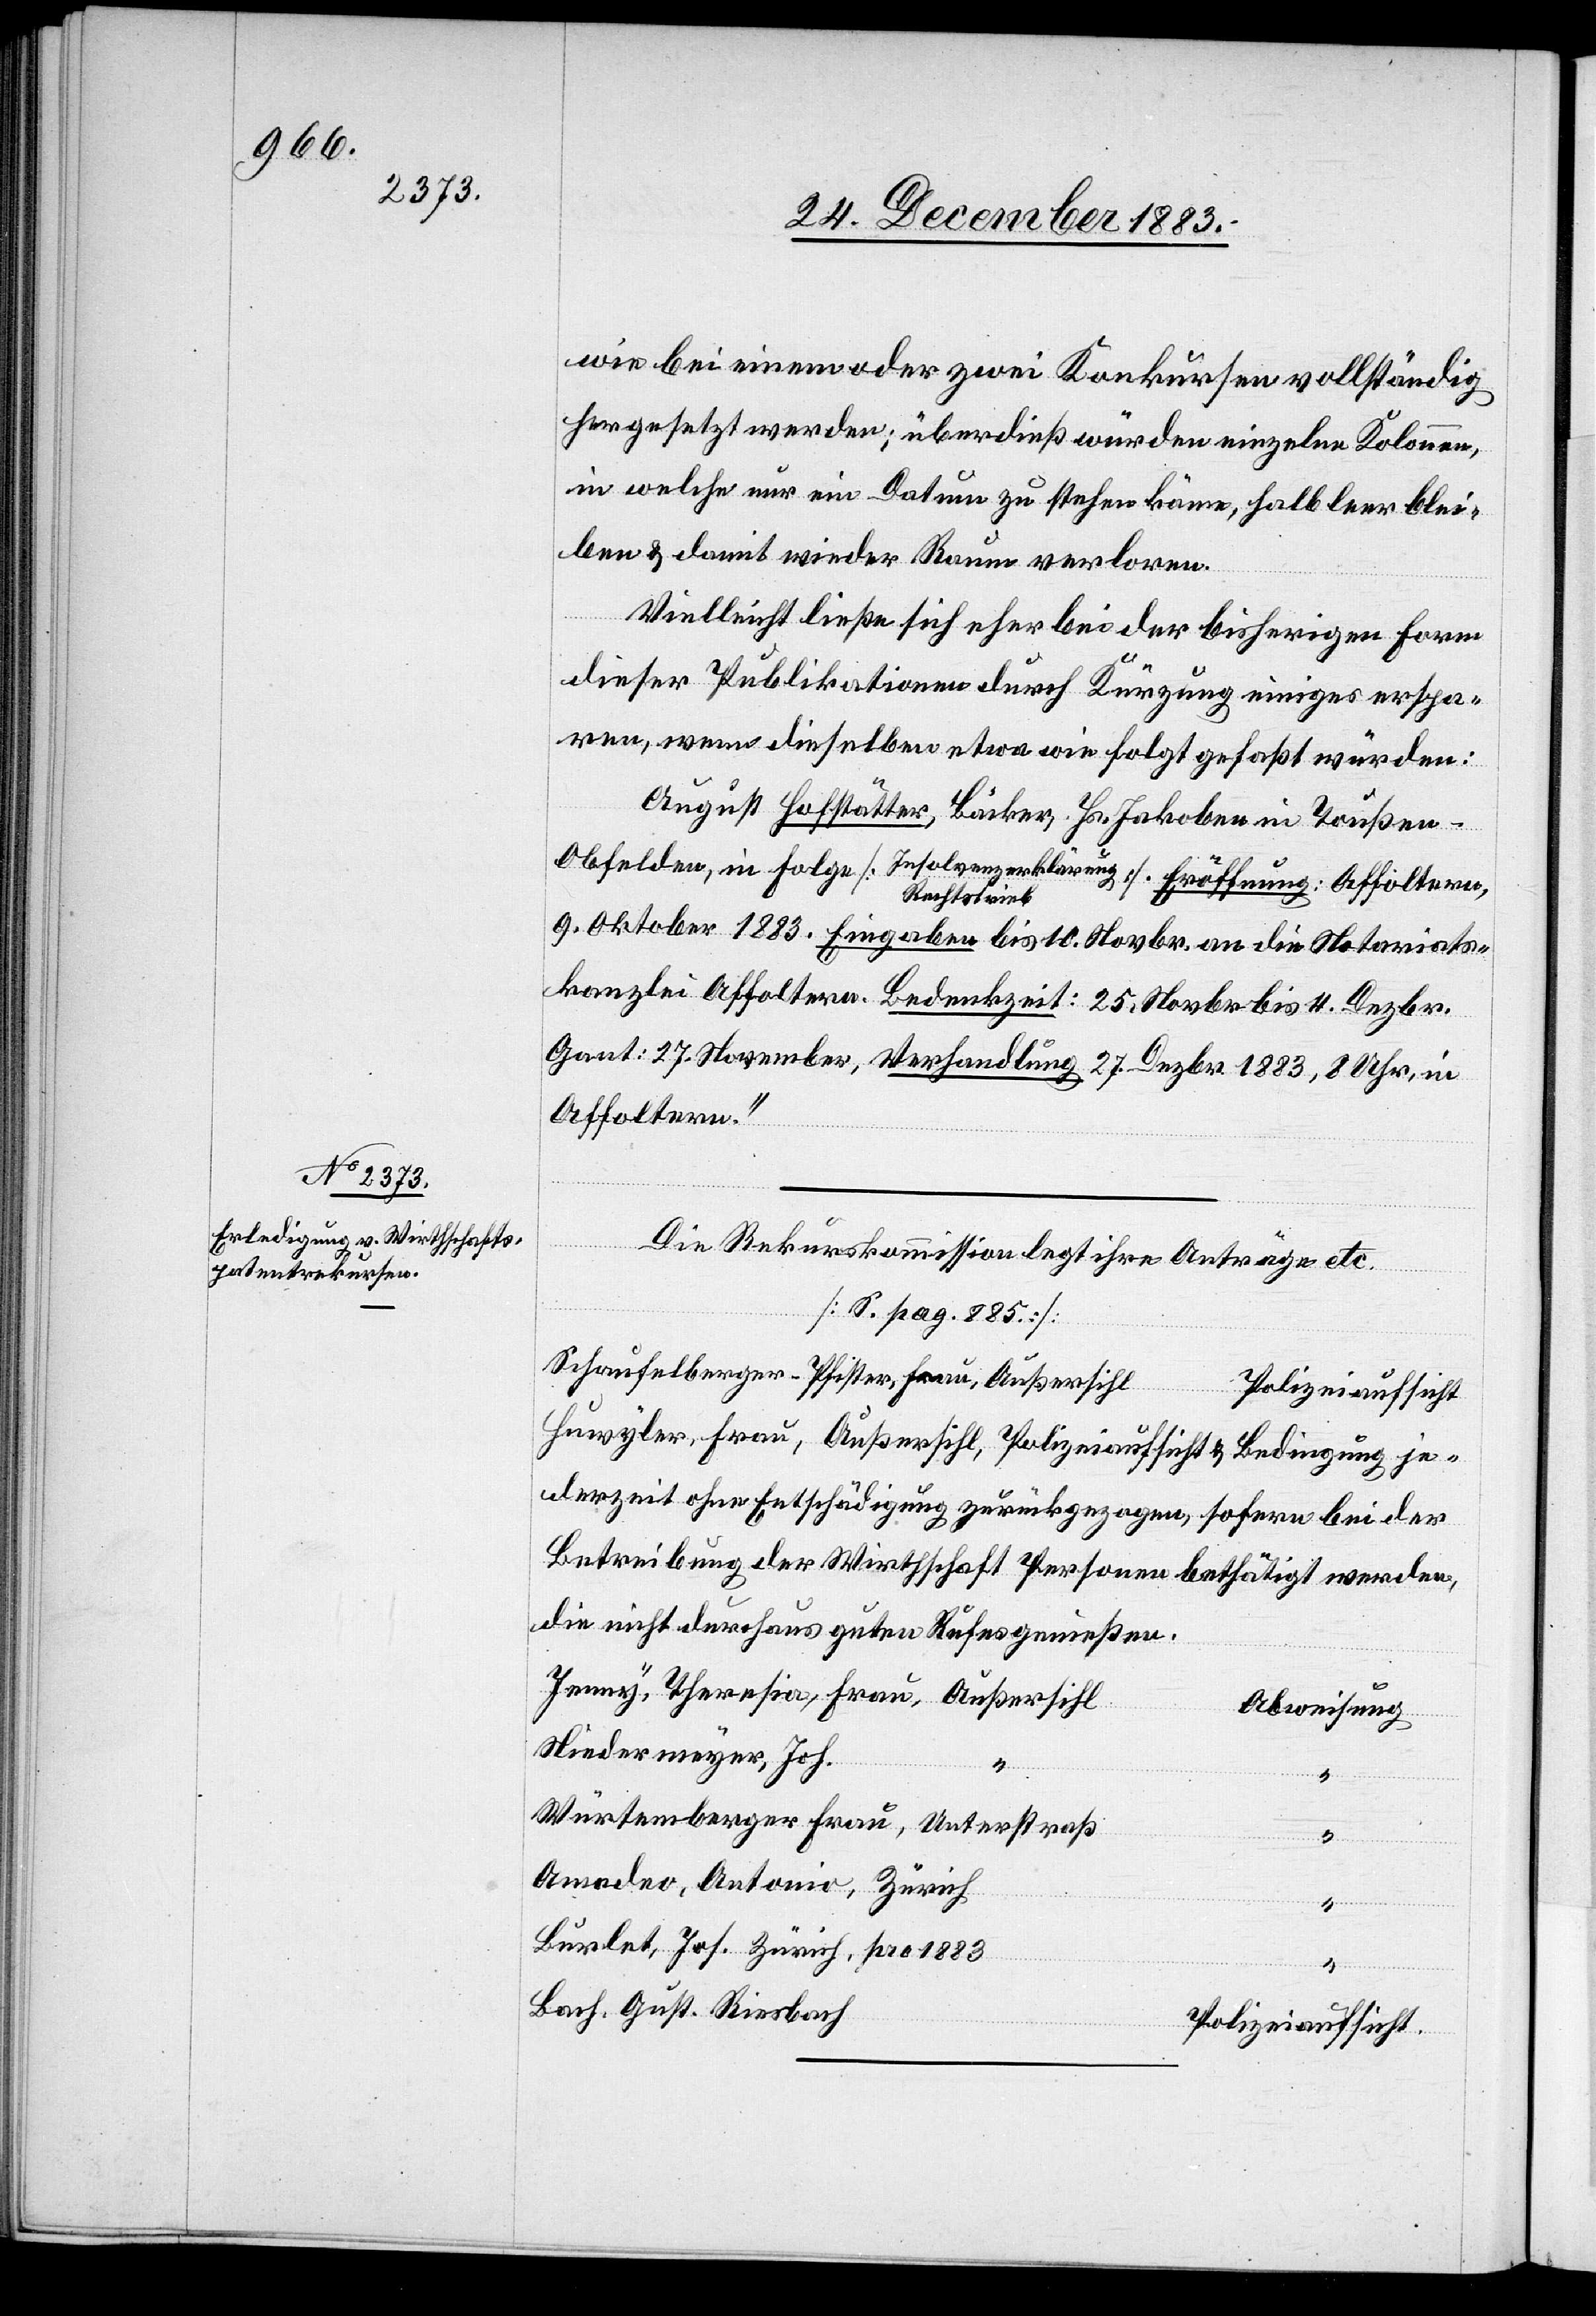
wie bei einem oder zwei Konkursen vollständig
hergesetzt werden; überdieß würden einzelne Kolonnen,
in welche nur ein Datum zu stehen käme, halb leer blei¬
ben & damit wieder Raum verloren.
Vielleicht ließe sich eher bei der bisherigen Form
dieser Publikationen durch Kürzung einiges erspa¬
ren, wenn dieselben etwa wie folgt gefaßt würden:
August Hofstätter, Bäcker, Hs. Jakoben in Toußen
Obfelden, in Folge [Insolvenzerklärung/Rechtstrieb]. Eröffnung: Affoltern,
9. Oktober 1883, Eingaben bis 10. Novbr. an die Notariats¬
kanzlei Affoltern. Bedenkzeit: 25. Novbr. bis 4. Dezbr.
Gant: 27. November, Verhandlung 27. Dezbr. 1883, 8 Uhr, in
Affoltern.“
Die Rekurskommission legt ihre Anträge etc.
“
[S. pag. 885]
Schaufelberger-Pfister, Frau, Außersihl[,]
Polizeiaufsicht.
Huwyler, Frau, Außersihl, Polizeiaufsicht & Bedingung je¬
derzeit ohne Entschädigung zurückgezogen, sofern bei der
Betreibung der Wirthschaft Personen bethätigt werden,
die nicht durchaus guten Rufes [sic!] genießen.
Jenny, Theresia, Frau, Außersihl
Abweisung
Niedermeyer, Joh.,
“
“
Würtemberfer Frau, Unterstraß
“
Amadeo, Antonio, Zürich
Burlet, Joh. Zürich, pro 1883
“
Bach, Gust. Riesbach
Polizeiaufsicht.